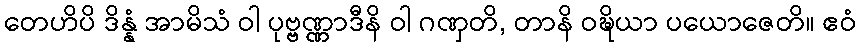
တေဟိပိ ဒိန္နံ အာမိသံ ဝါ ပုဗ္ဗဏ္ဏာဒီနိ ဝါ ဂဏှတိ, တာနိ ဝဍ္ဎိယာ ပယောဇေတိ။ ဧဝံ